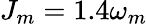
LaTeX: J_{m}=1.4\omega_{m}